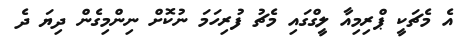
އެ މެޗަކީ ޕްރިމިއާ ލީގްގައި މެޗު ފުރިހަމަ ނުކޮށް ނިންމިގެން ދިޔަ ދެ